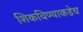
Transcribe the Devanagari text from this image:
शिकविण्याकडेच